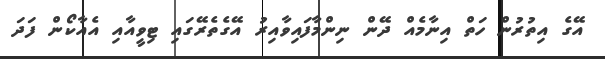
އޭގެ އިތުރުން ހަތް އިނާމެއް ދޭން ނިންމާފައިވާއިރު އޭގެތެރޭގައި ޓިވީއާއި އެއާކޯން ފަދަ